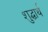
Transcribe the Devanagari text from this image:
शुद्धार्थ